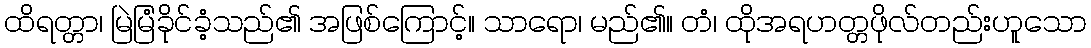
ထိရတ္တာ၊ မြဲမြံခိုင်ခံ့သည်၏ အဖြစ်ကြောင့်။ သာရော၊ မည်၏။ တံ၊ ထိုအရဟတ္တဖိုလ်တည်းဟူသော